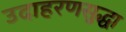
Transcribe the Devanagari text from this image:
उदाहरणसुद्धा